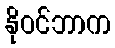
နိုဝင်ဘာက